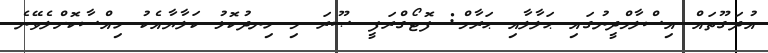
އުދަގޫތައް އިސްލާމްދީނުގައި ޙަލާލާއި ޙަރާމް: ފޮޓޯގްރަފީ ޞޫރަ މި ހިނދުކޮޅު ކަލާޔާއެކު ހިއްސާކޮށްލެވޭނެ